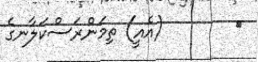
٥        (އެއީ) ތިމަންރަސްކަލާނގެ